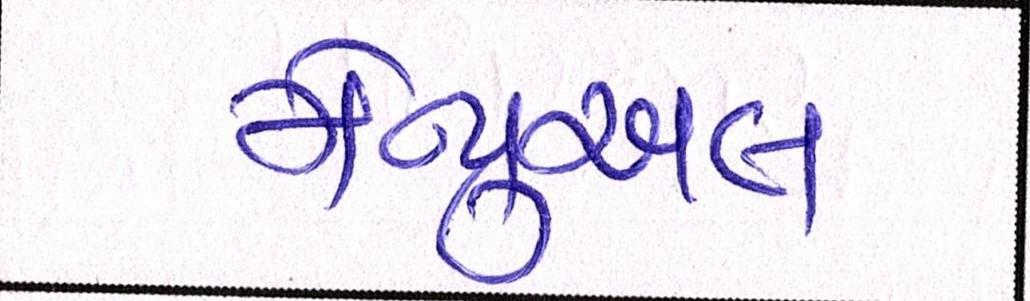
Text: મેન્યુઅલ